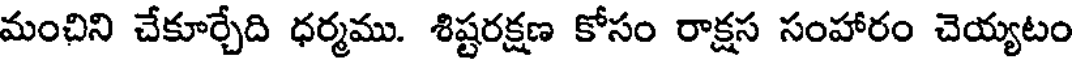
మంచిని చేకూర్చేది ధర్మము. శిష్టరక్షణ కోసం రాక్షస సంహారం చెయ్యటం